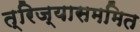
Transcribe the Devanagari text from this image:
त्रिज्यासममित